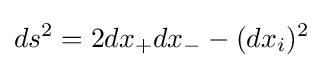
ds^{2}=2dx_{+}dx_{-}-(dx_{i})^{2}